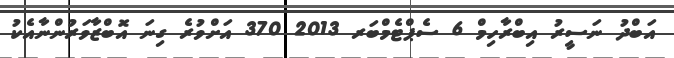
އަބްދު ނަސީރު އިބްރާހިމް 6 ސެޕްޓެމްބަރ 2013 370 އަށްވުރެ ގިނަ އޮބްޒާވަރުންނާއެކު